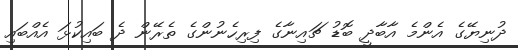
ދުނިޔޭގެ އެންމެ އާބާދީ ބޮޑު ޗައިނާގެ ފިރިހެނުންގެ ތެރޭން ދެ ބައިކުޅަ އެއްބައި